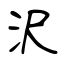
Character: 沢